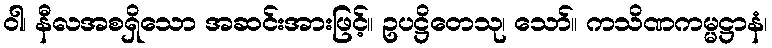
ဝါ၊ နီလအစရှိသော အဆင်းအားဖြင့်။ ဥပဋ္ဌိတေသု၊ သော်။ ကသိဏကမ္မဋ္ဌာနံ၊